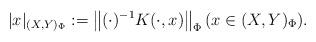
LaTeX: \begin{align*}|x|_{(X,Y)_\Phi}:=\left\| (\cdot)^{-1}K(\cdot, x) \right\|_\Phi (x\in {(X,Y)_\Phi}).\end{align*}